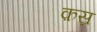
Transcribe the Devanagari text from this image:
क़स्र